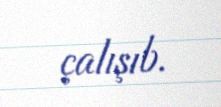
çalışıb.